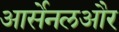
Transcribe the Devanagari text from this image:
आर्सेनलऔर